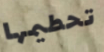
تحطيمها